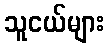
သူငယ်များ